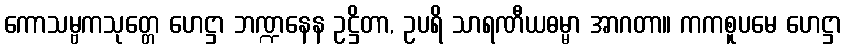
ကောသမ္ဗကသုတ္တေ ဟေဋ္ဌာ ဘဏ္ဍနေန ဥဋ္ဌိတာ, ဥပရိ သာရဏီယဓမ္မာ အာဂတာ။ ကကစူပမေ ဟေဋ္ဌာ